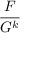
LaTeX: \frac { F } { G ^ { k } }